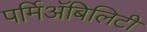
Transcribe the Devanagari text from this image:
पर्मिअॅबिलिटी